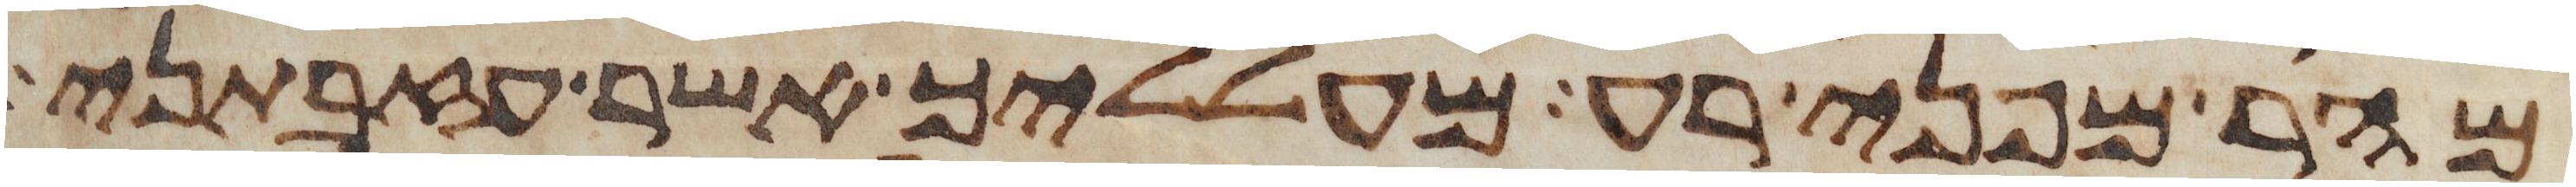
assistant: מהר מפני רע מעלליך אשר עזבתני